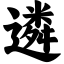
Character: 遴